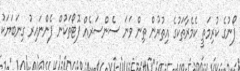
ފޯނުގެ ކުރިމަތީ ކެމެރާތަކުގެ އިތުރުން ތިން ވަނަ ސެންސަރެއް ފޮޓޯތަކުން ފެންނައިރު ގިނަބަޔަކު